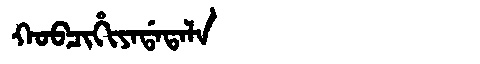
Manchu: ᡴᠣᠪᠴᡳᡥᡳᠶᠠᡩᠠᡨᠠᠯᠠ
Romanization: KOBCIHIYADATALA